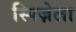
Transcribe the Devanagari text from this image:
स्पिज़ेला